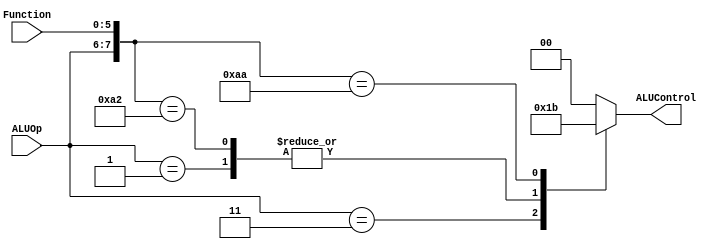
`timescale 1ns / 1ps
//////////////////////////////////////////////////////////////////////////////////
// Company: 
// Engineer: 
// 
// Design Name: 
// Module Name: ALUControl
// Project Name: 
// Target Devices: 
// Tool Versions: 
// Description: 
// 
// Dependencies: 
// 
// Revision:
// Revision 0.01 - File Created
// Additional Comments:
// 
//////////////////////////////////////////////////////////////////////////////////

//Este modulo es la unidad de control de la ALU.

module ALUControl(ALUControl, ALUOp, Function);
output [1:0] ALUControl;
reg [1:0] ALUControl;
input [1:0] ALUOp;
input [5:0] Function;
wire [7:0] ALUControlIn;
 assign ALUControlIn = {ALUOp,Function}; //Asigna a ALUControlIn los 2 bits de ALUOp seguido de los 6 bits de Function.
always @(ALUControlIn)
 casex (ALUControlIn) //En este case dependiendo de lo que se encuentre en ALUControlIn, pone en ALUControl cierto valor.
  8'b11xxxxxx: ALUControl=2'b01; //En los primeros 3 caso, el valor importante es el de ALUOp y el de Function se encuentra en estado no importa
 8'b00xxxxxx: ALUControl=2'b00;
 8'b01xxxxxx: ALUControl=2'b10;
 8'b10100000: ALUControl=2'b00; //En los siguientes 3 casos, si ALUOp es igual a 10, revisa el valor que se encuentra en Fuction
 8'b10100010: ALUControl=2'b10;
 8'b10101010: ALUControl=2'b11;
 default: ALUControl=2'b00; //Es el valor default de ALUControl
 endcase
endmodule